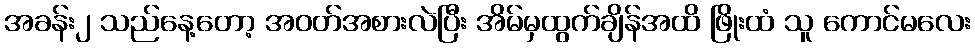
အခန်း၂ သည်နေ့တော့ အဝတ်အစားလဲပြီး အိမ်မှထွက်ချိန်အထိ ဖြိုးထံ သူ ကောင်မလေး